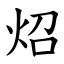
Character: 炤